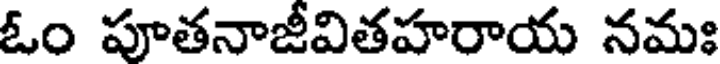
ఓం పూతనాజీవితహరాయ నమః